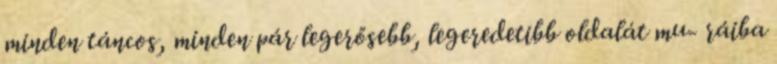
minden táncos, minden pár legerősebb, legeredetibb oldalát mu- ráiba